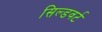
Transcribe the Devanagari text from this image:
सिल्डवर्ट